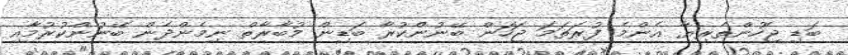
ބަޑި ޖެހުންތެރިޔާ އެންމެ ފުރަތަމަ ޖަހަން ބޭނުންކުރާ ބަޑިން މުބާރާތް ނިމެންދެން ބޭނުންކުރުމާއި